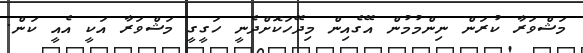
މަޝްވަރާ ކުރަން ނިންމުމުން އޭގެއިން މިދޭހަކޮށްދެނީ ހަގީގީ މަޝްވަރާ އަކީ އެއީ ކަން.